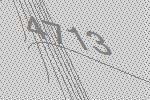
4713